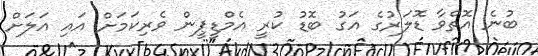
ބުނެ އޮތްވާ ޑޮލަރުގެ އަގު ބޮޑު ކުރީ އެމްޑީޕީން ވެރިކަމަށް އައި އަލަށް